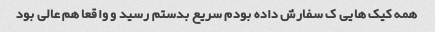
همه کیک هایی ک سفارش داده بودم سریع بدستم رسید و واقعا هم عالی بود